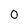
Character: 0